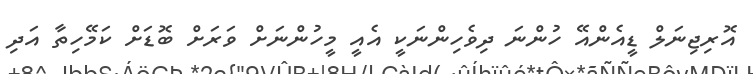
އޮރިޖިނަލް ޑީއެންއޭ ހުންނަ ދިވެހިންނަކީ އެއީ މީހުންނަށް ވަރަށް ބޮޑަށް ކަމޭހިތާ އަދި